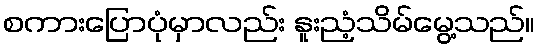
စကားပြောပုံမှာလည်း နူးညံ့သိမ်မွေ့သည်။